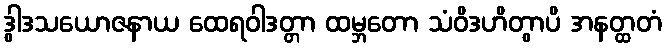
ဒွါဒသယောဇနာယ ထေရဝါဒတ္တာ ထမ္ဘတော သံဝိဒဟိတွာပိ အနတ္ထတံ